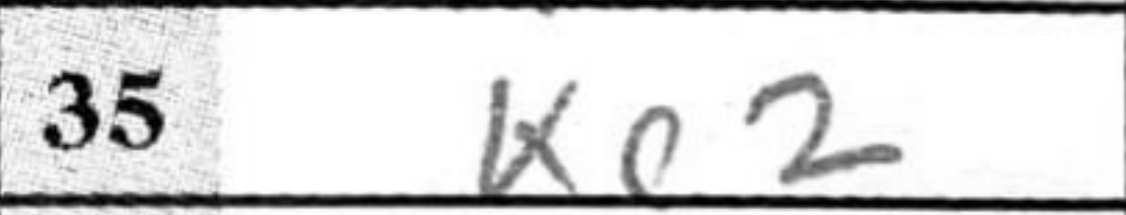
Transcription: Ke2